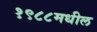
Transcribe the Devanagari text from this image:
१९८८मधील